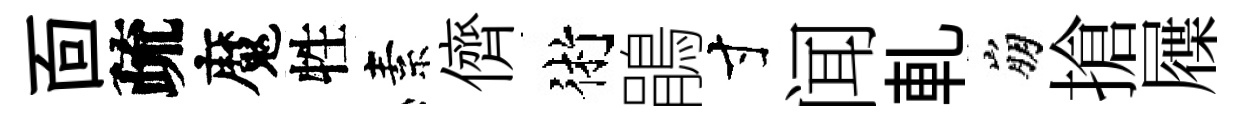
靣疏魔牲素儕術鵑寸闻軋崩搶屧